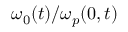
\omega _ { 0 } ( t ) / \omega _ { p } ( 0 , t )